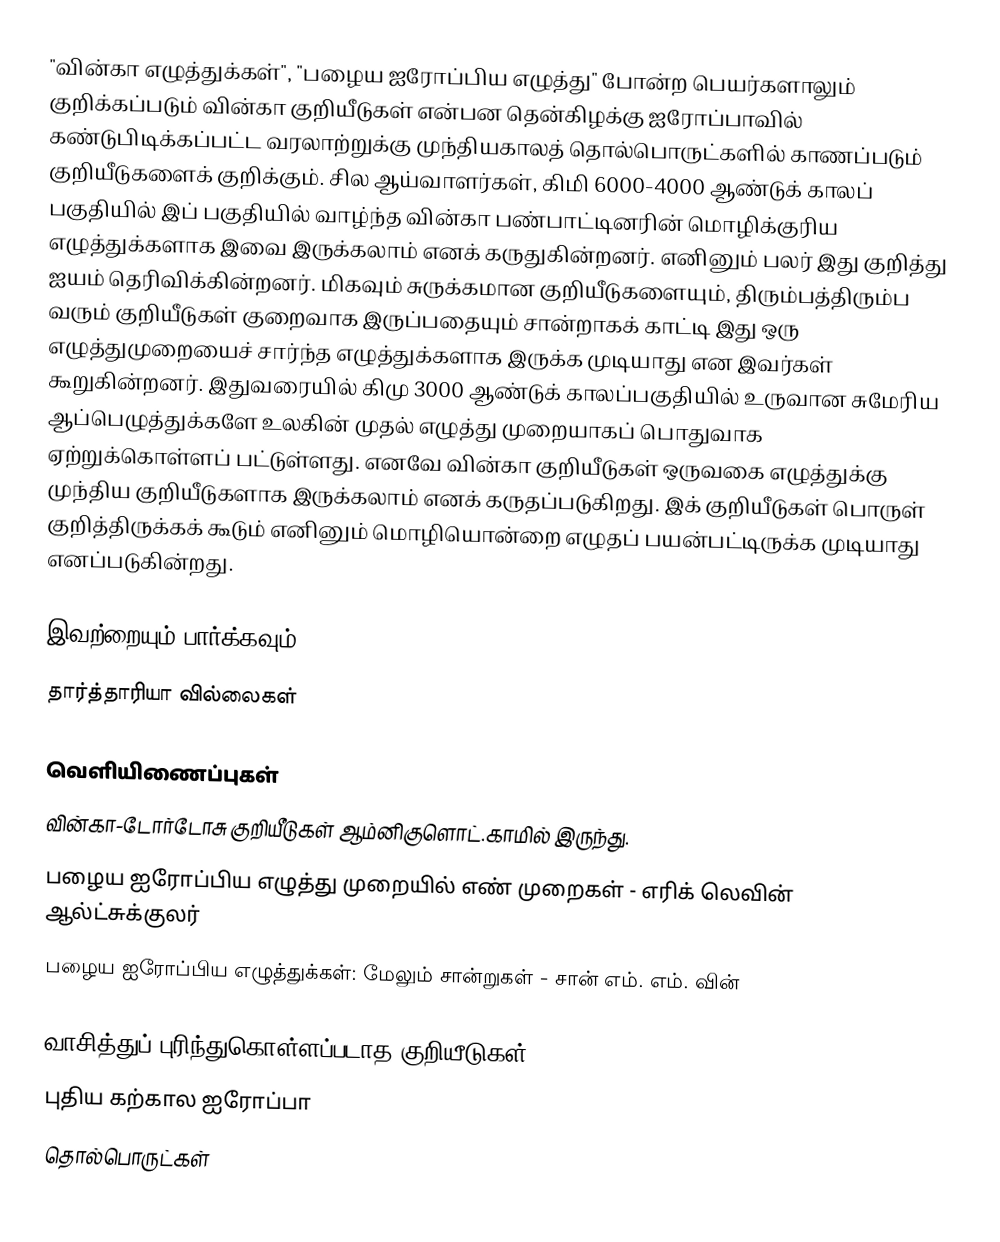
"வின்கா எழுத்துக்கள்", "பழைய ஐரோப்பிய எழுத்து" போன்ற பெயர்களாலும் குறிக்கப்படும் வின்கா குறியீடுகள் என்பன தென்கிழக்கு ஐரோப்பாவில் கண்டுபிடிக்கப்பட்ட வரலாற்றுக்கு முந்தியகாலத் தொல்பொருட்களில் காணப்படும் குறியீடுகளைக் குறிக்கும். சில ஆய்வாளர்கள், கிமி 6000-4000 ஆண்டுக் காலப் பகுதியில் இப் பகுதியில் வாழ்ந்த வின்கா பண்பாட்டினரின் மொழிக்குரிய எழுத்துக்களாக இவை இருக்கலாம் எனக் கருதுகின்றனர். எனினும் பலர் இது குறித்து ஐயம் தெரிவிக்கின்றனர். மிகவும் சுருக்கமான குறியீடுகளையும், திரும்பத்திரும்ப வரும் குறியீடுகள் குறைவாக இருப்பதையும் சான்றாகக் காட்டி இது ஒரு எழுத்துமுறையைச் சார்ந்த எழுத்துக்களாக இருக்க முடியாது என இவர்கள் கூறுகின்றனர். இதுவரையில் கிமு 3000 ஆண்டுக் காலப்பகுதியில் உருவான சுமேரிய ஆப்பெழுத்துக்களே உலகின் முதல் எழுத்து முறையாகப் பொதுவாக ஏற்றுக்கொள்ளப் பட்டுள்ளது. எனவே வின்கா குறியீடுகள் ஒருவகை எழுத்துக்கு முந்திய குறியீடுகளாக இருக்கலாம் எனக் கருதப்படுகிறது. இக் குறியீடுகள் பொருள் குறித்திருக்கக் கூடும் எனினும் மொழியொன்றை எழுதப் பயன்பட்டிருக்க முடியாது எனப்படுகின்றது.

இவற்றையும் பார்க்கவும்
 தார்த்தாரியா வில்லைகள்

வெளியிணைப்புகள்
 வின்கா-டோர்டோசு குறியீடுகள் ஆம்னிகுளொட்.காமில் இருந்து.
 பழைய ஐரோப்பிய எழுத்து முறையில் எண் முறைகள் - எரிக் லெவின் ஆல்ட்சுக்குலர்
 பழைய ஐரோப்பிய எழுத்துக்கள்: மேலும் சான்றுகள் - சான் எம். எம். வின்

வாசித்துப் புரிந்துகொள்ளப்படாத குறியீடுகள்
புதிய கற்கால ஐரோப்பா
தொல்பொருட்கள்